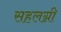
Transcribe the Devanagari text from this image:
सहलग्नी